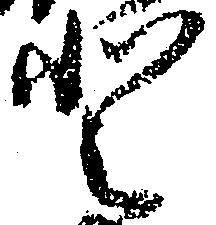
登